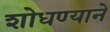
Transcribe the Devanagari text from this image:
शोधण्याने